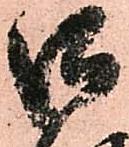
御